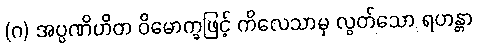
(ဂ) အပ္ပဏိဟိတ ဝိမောက္ခဖြင့် ကိလေသာမှ လွတ်သော ရဟန္တာ